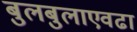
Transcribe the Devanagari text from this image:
बुलबुलाएवढा